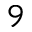
^ 9